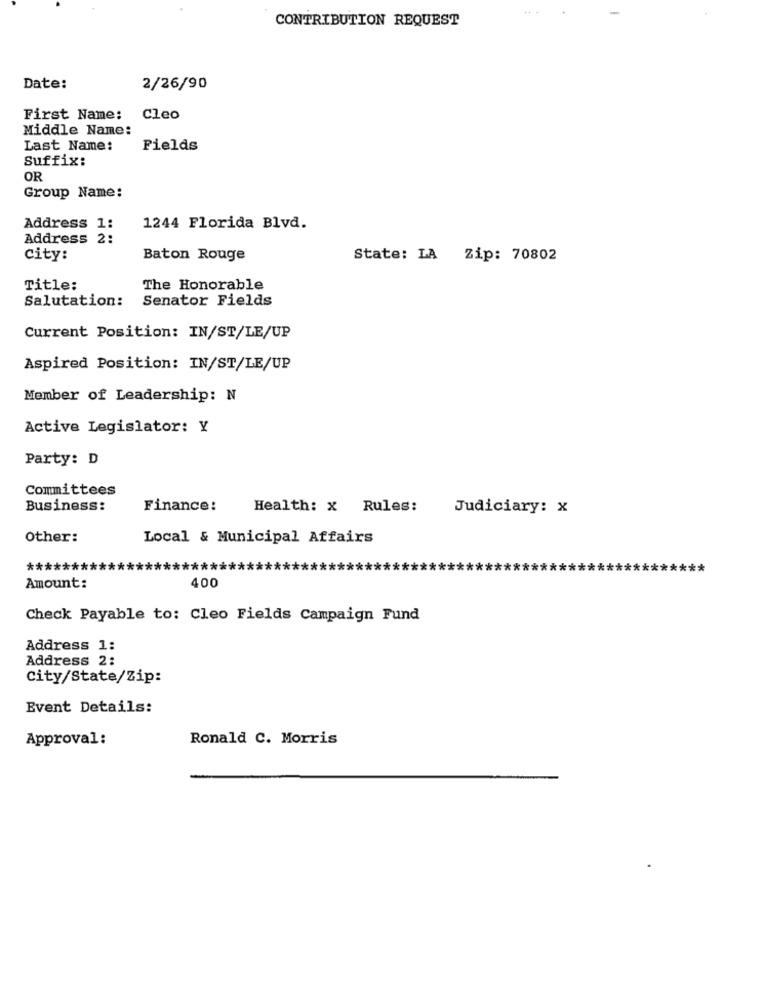
CONTRIBUTION REQUEST
Date:
2/26/90
First Name: Cleo
Middle Name:
Last Name:
Fields
Suffix:
OR
Group Name:
Address 1:
1244 Florida Blvd.
Address 2:
City:
Baton Rouge
State: LA
Zip: 70802
Title:
The Honorable
Salutation:
Senator Fields
Current Position: IN/ST/LE/UP
Aspired Position: IN/ST/LE/UP
Member of Leadership: N
Active Legislator: Y
Party: D
Committees
Business:
Finance:
Health: x Rules:
Judiciary: x
Other:
Local & Municipal Affairs
*******
400
Amount:
Check Payable to: Cleo Fields Campaign Fund
Address 1:
Address 2:
City/State/Zip:
Event Details:
Approval:
Ronald C. Morris